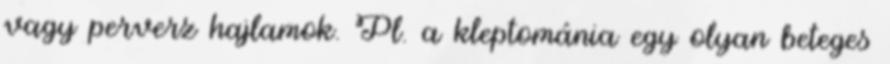
vagy perverz hajlamok. Pl. a kleptománia egy olyan beteges